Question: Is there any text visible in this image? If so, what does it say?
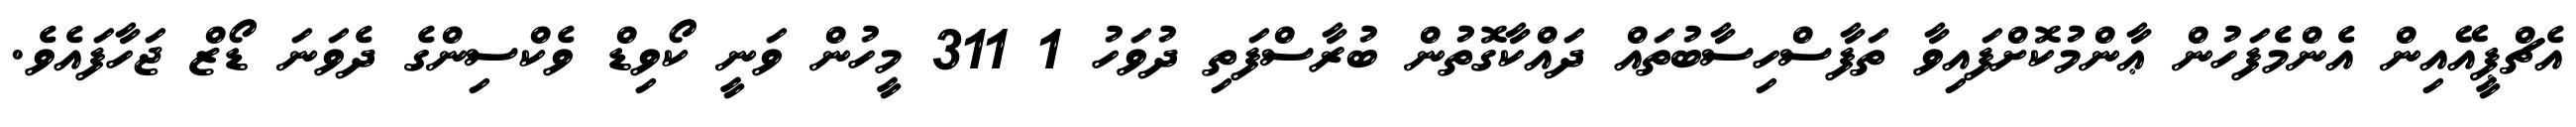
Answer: އެޗްޕީއޭއިން އެންމެފަހުން ޢާންމުކޮށްފައިވާ ތަފާސްހިސާބުތައް ދައްކާގޮތުން ބުރާސްފަތި ދުވަހު 1 311 މީހުން ވަނީ ކޯވިޑް ވެކްސިންގެ ދެވަނަ ޑޯޒް ޖަހާފައެވެ.